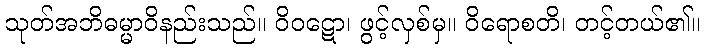
သုတ်အဘိဓမ္မာဝိနည်းသည်။ ဝိဝဋော၊ ဖွင့်လှစ်မှ။ ဝိရောစတိ၊ တင့်တယ်၏။